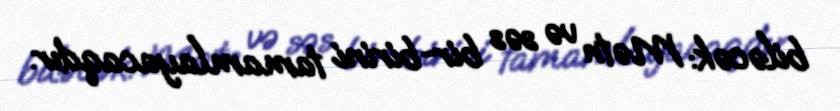
biləcək: Mətn və səs bir-birini tamamlayacaqdır.